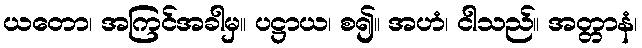
ယတော၊ အကြင်အခါမှ။ ပဋ္ဌာယ၊ စ၍။ အဟံ၊ ငါသည်။ အတ္တာနံ၊